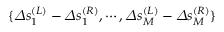
\{ \varDelta s _ { 1 } ^ { ( L ) } - \varDelta s _ { 1 } ^ { ( R ) } , \cdots , \varDelta s _ { M } ^ { ( L ) } - \varDelta s _ { M } ^ { ( R ) } \}